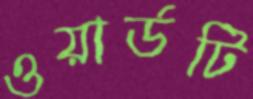
ওয়ার্ডটি